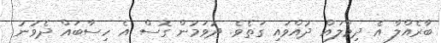
ބާރެއްލާ އެ ދިމާލައް ދުއްވައި ގަތެވެ. ދުވަމުން ގޮސް އެ ހިސާބައް ދެވުނު